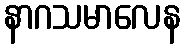
နာဂသမာလေန